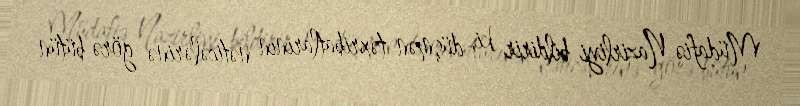
Müdafiə Nazirliyi bildirir ki, düşmən təxribatlarının nəticələrinə görə bütün